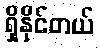
ရှိနိုင်တယ်